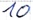
Text: 10